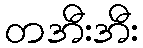
တအီးအီး